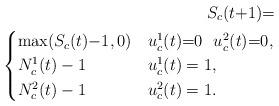
LaTeX: \begin{align*} S_c(t{\setlength\arraycolsep{0.3pt}+}1) {\setlength\arraycolsep{0.3pt}=} \\ \begin{cases} \max (S_c(t){\setlength\arraycolsep{0.3pt}-}1, 0) &u_c^1(t){\setlength\arraycolsep{0.3pt}=}0 ~ ~u_c^2(t){\setlength\arraycolsep{0.3pt}=}0,\\ N_c^1(t)-1 &u_c^1(t)=1, \\ N_c^2(t)-1 &u_c^2(t)=1. \end{cases}\end{align*}